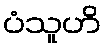
ပံသူဟိ